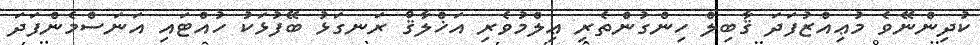
ކުދިންނޭވެ މުޢިއްޒުފަދަ ޤާބިލް ހިންގުންތެރި ޢިލްމުވެރި އަޚްލާޤް ރަނގަޅު ބޭފުޅަކު ހުއްޓައި އަނަސްމެންފަދަ